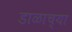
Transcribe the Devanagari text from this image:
डाळाच्या